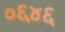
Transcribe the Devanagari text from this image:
०६४६